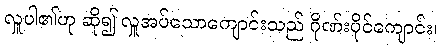
လှူပါ၏ဟု ဆို၍ လှူအပ်သောကျောင်းသည် ဂိုဏ်းပိုင်ကျောင်း၊